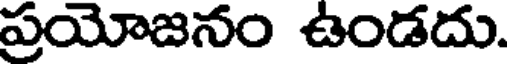
ప్రయోజనం ఉండదు.